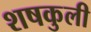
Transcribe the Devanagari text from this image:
शषकुली